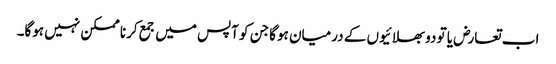
اب تعارض یا تو دو بھلائیوں کے درمیان ہوگا جن کو آپس میں جمع کرنا ممکن نہیں ہوگا۔